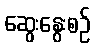
ဆွေးနွေးစဉ်